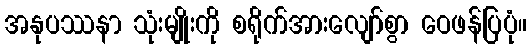
အနုပဿနာ သုံးမျိုးကို စရိုက်အားလျော်စွာ ဝေဖန်ပြပုံ။